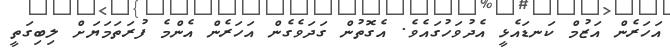
އަހަރެން އަޒުމް ކަނޑައެޅީ އެދުވަހުގައެވެ. އެގޮތުން ގަދަވެގެން އަހަރެން އެންމެ ފުރަތަމަޔަށް ލިބިގަތީ